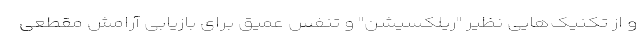
و از تکنیک‌هایی نظیر "ریلکسیشن" و تنفس عمیق برای بازیابی آرامش مقطعی